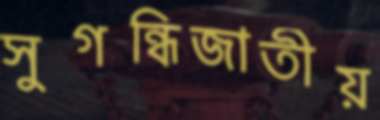
সুগন্ধিজাতীয়